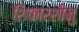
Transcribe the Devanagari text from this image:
शिफारशीनु